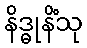
နိဒ္ဓုနိံသု